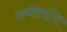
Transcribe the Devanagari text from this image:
रुकीमणि